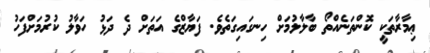
ޢިމާރާތަކީ ކޮންތަނެއްތޯ ބާލާލުމަށް ހިނގައިގަތެވެ. ފަޔާޒްގެ އަތަށް ދެ ދަޅު ހަވާލު ކުރުމަށްފަހު